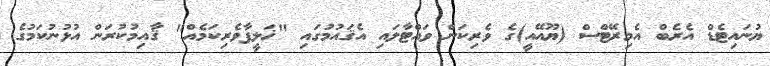
ޔުނައިޓެޑް އެރެބް އެމިރޭޓްސް (ޔޫއޭއީ)ގެ ވެރިކަން ވައްޓާލައި އެޤައުމުގައި "ޚަލީފާވެރިކަމެއް" ޤާއިމުކުރަން އުޅުނުކަމުގެ